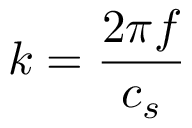
k = \frac { 2 \pi f } { c _ { s } }